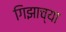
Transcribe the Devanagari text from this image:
गिझाच्या